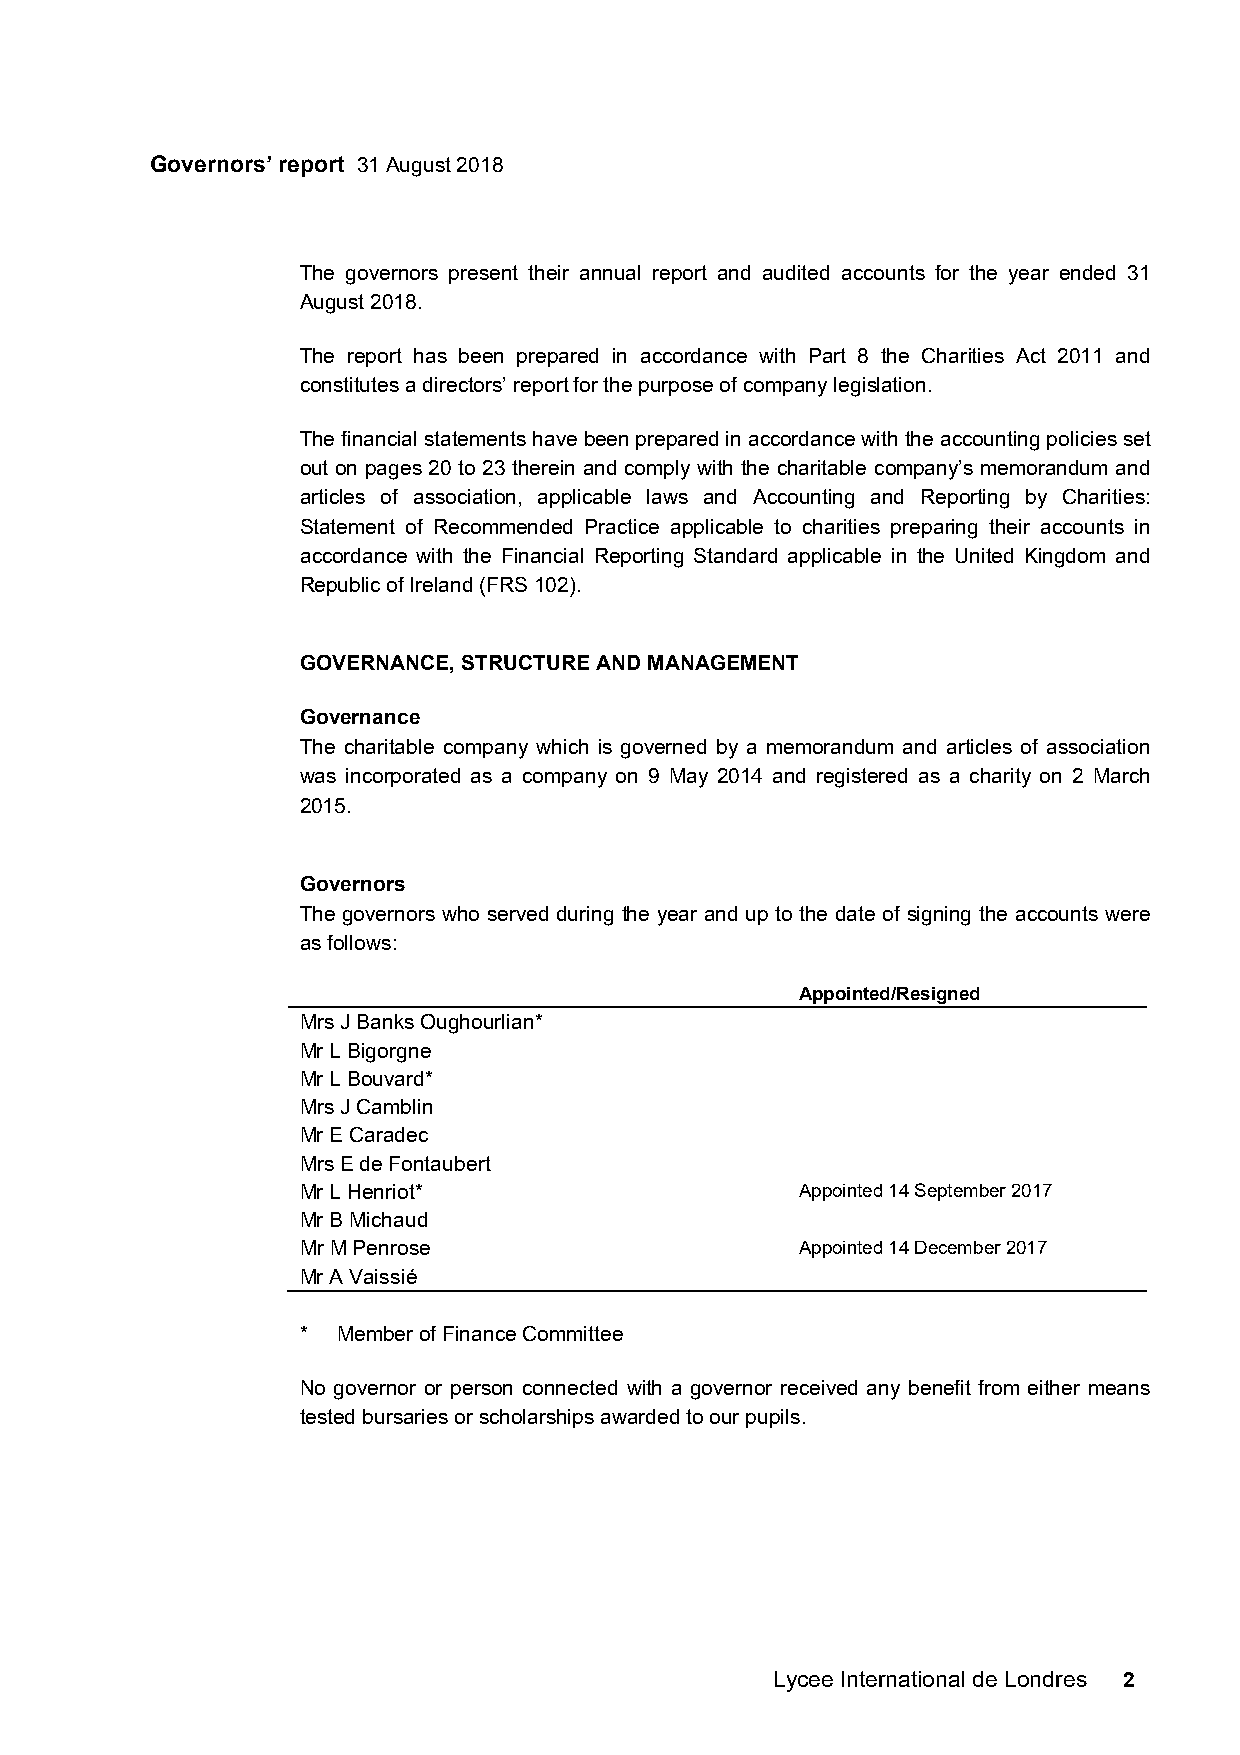
Governors’ report 31 August 2018
 The governors present their annual report and audited accounts for the year ended 31
 August 2018.
 The report has been prepared in accordance with Part 8 the Charities Act 2011 and
 constitutes a directors’ report for the purpose of company legislation.
 The financial statements have been prepared in accordance with the accounting policies set
 out on pages 20 to 23 therein and comply with the charitable company’s memorandum and
 articles of association, applicable laws and Accounting and Reporting by Charities:
 Statement of Recommended Practice applicable to charities preparing their accounts in
 accordance with the Financial Reporting Standard applicable in the United Kingdom and
 Republic of Ireland (FRS 102).
 GOVERNANCE, STRUCTURE AND MANAGEMENT
 Governance
 The charitable company which is governed by a memorandum and articles of association
 was incorporated as a company on 9 May 2014 and registered as a charity on 2 March
 2015.
 Governors
 The governors who served during the year and up to the date of signing the accounts were
 as follows:
 Appointed/Resigned
 Mrs J Banks Oughourlian*
 Mr L Bigorgne
 Mr L Bouvard*
 Mrs J Camblin
 Mr E Caradec
 Mrs E de Fontaubert
 Mr L Henriot*                    Appointed 14 September 2017
 Mr B Michaud
 Mr M Penrose                     Appointed 14 December 2017
 Mr A Vaissié
 * Member of Finance Committee
 No governor or person connected with a governor received any benefit from either means
 tested bursaries or scholarships awarded to our pupils.
 Lycee International de Londres 2